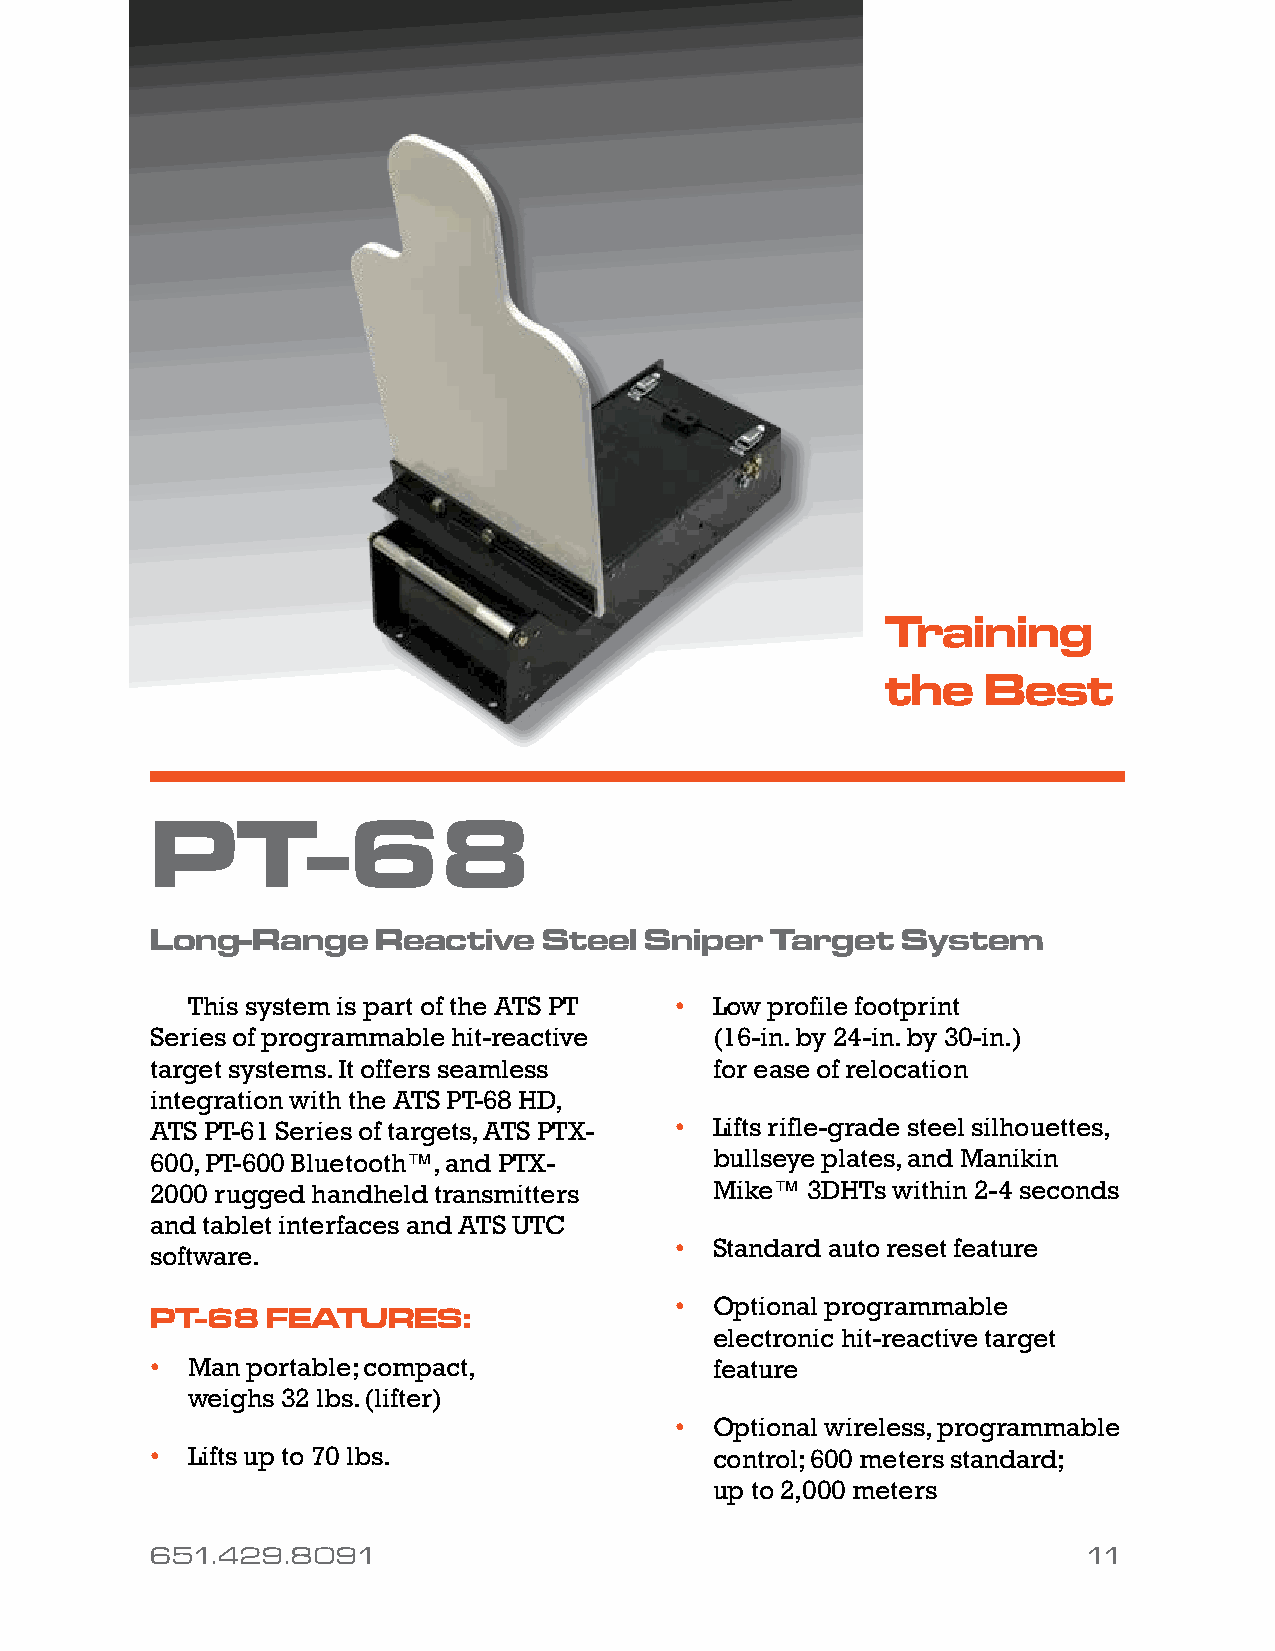
Training
 the   Best
 PT-68
 Long-Range     Reactive   Steel  Sniper  Target   System
 This system is part of the ATS PT • Low profile footprint
 Series of programmable hit-reactive  (16-in. by 24-in. by 30-in.)
 target systems. It offers seamless   for ease of relocation
 integration with the ATS PT-68 HD,
 ATS PT-61 Series of targets, ATS PTX- • Lifts rifle-grade steel silhouettes,
 600, PT-600 Bluetooth™, and PTX-     bullseye plates, and Manikin
 2000 rugged handheld transmitters    Mike™ 3DHTs within 2-4 seconds
 and tablet interfaces and ATS UTC
 • Standard auto reset feature
 software.
 • Optional programmable
 PT-68   FEATURES:
 electronic hit-reactive target
 • Man portable; compact,             feature
 weighs 32 lbs. (lifter)
 • Optional wireless, programmable
 • Lifts up to 70 lbs.                control; 600 meters standard;
 up to 2,000 meters
 651.429.8091                                                  11